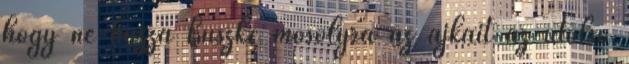
hogy ne húzza büszke mosolyra az ajkait az utolsó